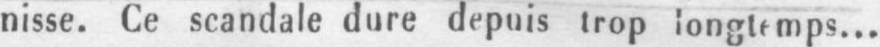
nisse. Ce scandale dure depuis trop longtemps...